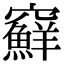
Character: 䇁